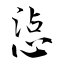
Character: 惉